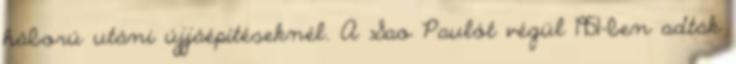
háború utáni újjáépítéseknél. A Sao Paulót végül 1951-ben adták